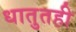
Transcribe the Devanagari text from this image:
धातुतही